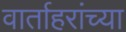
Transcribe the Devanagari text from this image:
वार्ताहरांच्या